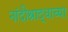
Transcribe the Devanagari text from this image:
नांदीश्राद्धाच्या